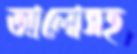
আলোসহ